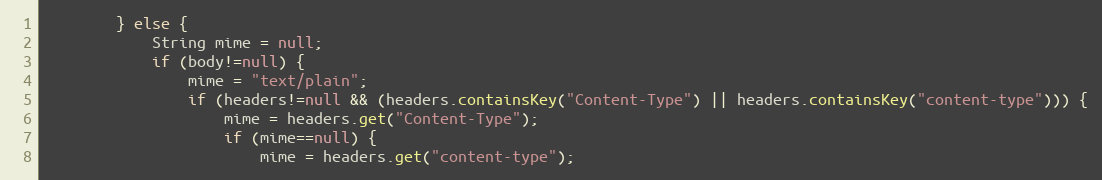
Language: Java
        } else {
            String mime = null;
            if (body!=null) {
                mime = "text/plain";
                if (headers!=null && (headers.containsKey("Content-Type") || headers.containsKey("content-type"))) {
                    mime = headers.get("Content-Type");
                    if (mime==null) {
                        mime = headers.get("content-type");